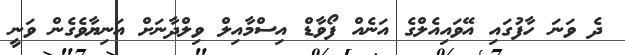
ދެ ވަނަ ހާފުގައި އޭވައިއެލްގެ އަނެއް ފޯވާޑް އިސްމާއިލް ވިލްދާނަށް އަނިޔާވެގެން ވަނީ